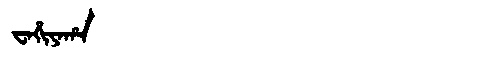
Manchu: ᠸᠠᡥᡳᠶᠠᡥᠠ
Romanization: WAHIYAHA